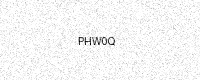
Text: PHW0Q